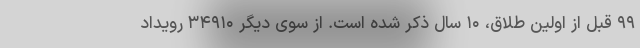
۹۹ قبل از اولین طلاق، ۱۰ سال ذکر شده است. از سوی دیگر ۳۴۹۱۰ رویداد